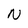
Character: N